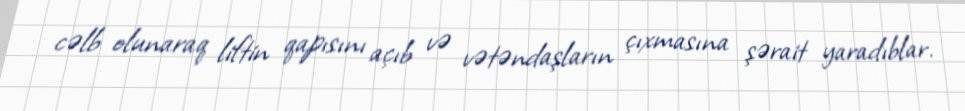
cəlb olunaraq liftin qapısını açıb və vətəndaşların çıxmasına şərait yaradıblar.